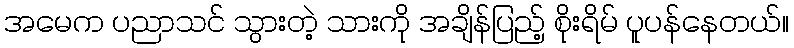
အမေက ပညာသင် သွားတဲ့ သားကို အချိန်ပြည့် စိုးရိမ် ပူပန်နေတယ်။